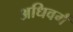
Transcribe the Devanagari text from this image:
अधिवर्ग